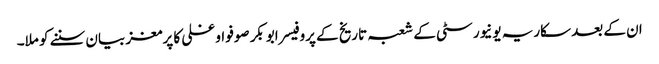
ان کے بعد سکاریہ یونیورسٹی کے شعبہ تاریخ کے پروفیسر ابوبکر صوفو اوغلی کا پرمغز بیان سننے کو ملا۔